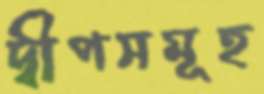
দ্বীপসমূহ